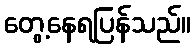
တွေ့နေရပြန်သည်။